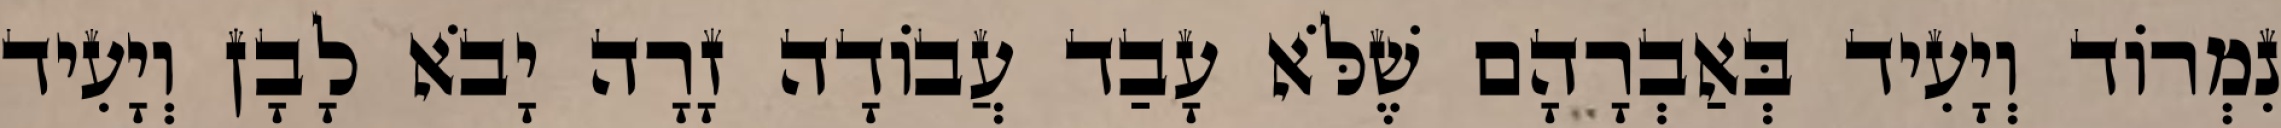
נִמְרוֹד וְיָעִיד בְּאַבְרָהָם שֶׁלֹּא עָבַד עֲבוֹדָה זָרָה יָבֹא לָבָן וְיָעִיד